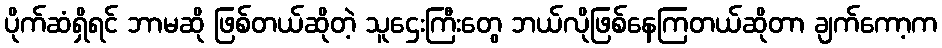
ပိုက်ဆံရှိရင် ဘာမဆို ဖြစ်တယ်ဆိုတဲ့ သူဌေးကြီးတွေ ဘယ်လိုဖြစ်နေကြတယ်ဆိုတာ ချက်ကော့က